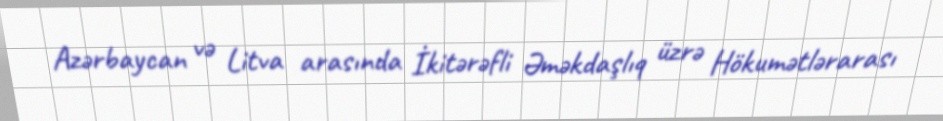
Azərbaycan və Litva arasında İkitərəfli Əməkdaşlıq üzrə Hökumətlərarası